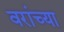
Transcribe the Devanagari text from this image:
वरांच्या